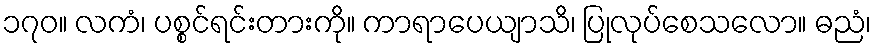
၁၇၀။ လကံ၊ ပစ္စင်ရင်းတားကို။ ကာရာပေယျာသိ၊ ပြုလုပ်စေသလော။ ဓညံ၊